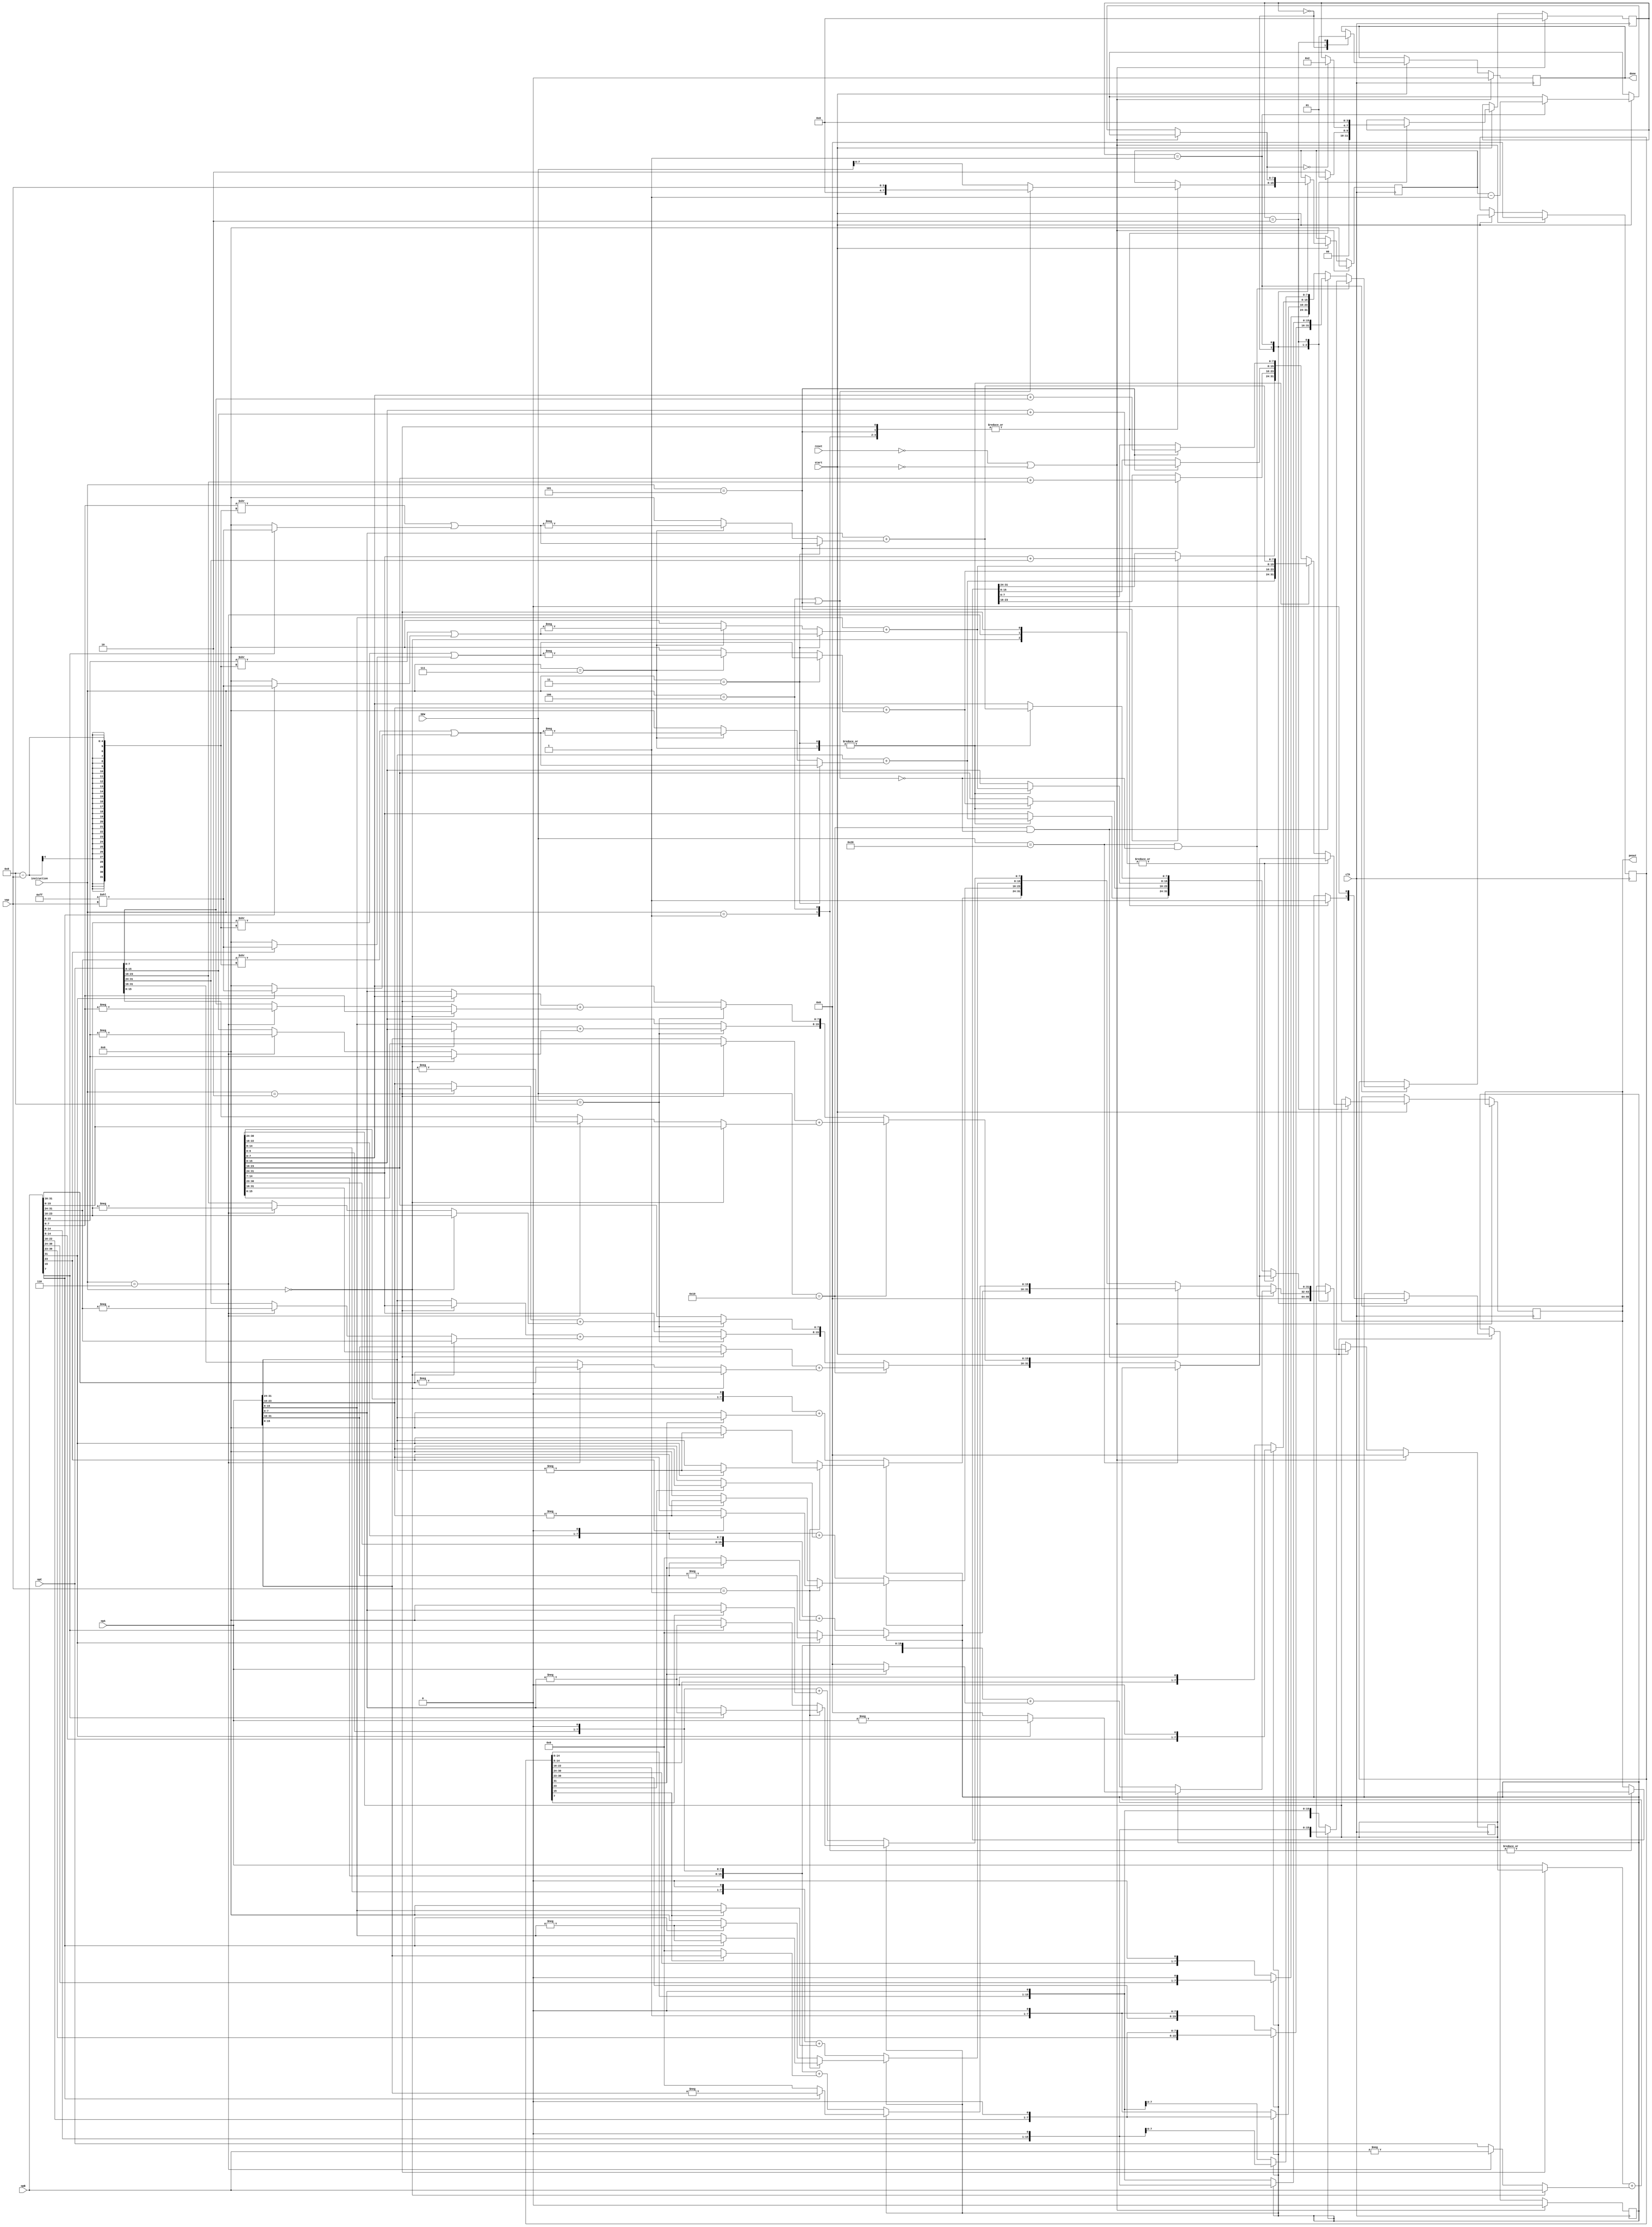
module vector_processing_element(
    input clk,
    input reset,
    
    input [7:0] instruction,
	input start,
	output reg done,
	
    input [31:0] opA,
    input [31:0] opB,
    input [31:0] opC,
    output reg [31:0] peout,

	input [9:0] SEW,
	input [3:0 ] vap
);

reg [3:0] states;
localparam startstate = 4'h0 ;
localparam multstate  = 4'h1 ;
localparam completestate = 4'h2 ;

//Used for vector arithmetic instructions
localparam instr_vadd__vv = 8'h00 ;
localparam instr_vmul__vv = 8'h01 ;
localparam instr_vdot__vv = 8'h02 ;
localparam instr_vaddvarp = 8'h03 ;
localparam instr_vmulvarp = 8'h04 ;
localparam instr_vdotvarp = 8'h05 ;
localparam instr_vsub__vv = 8'h06;
localparam instr_vsubvarp = 8'h07;

reg [31:0] accumulator;  //Stores the final result
reg [7:0]  cycles;
reg first_cmpte;
reg [31:0] copB;

wire is_vap_instr = |{instruction==instr_vaddvarp, instruction==instr_vmulvarp, instruction==instr_vdotvarp, instruction==instr_vsubvarp};

always @(posedge clk) begin
    if(!reset || !start) begin
        states = 0;
        peout  = peout;
        accumulator = 0;
        first_cmpte = 0;
        cycles = 0;
        copB = 0;
        done = 0;
    end
    else if(start) begin
        case(states)
            startstate:begin
                if(start)begin
                    // $display("Entered start state,instr:%b, reset:%d, time:%d",instruction, reset, $time);
                    done <= 0; //Should be this, don't change
                    accumulator <= 0;
                    if(|{instruction == instr_vmul__vv,instruction == instr_vmulvarp,instruction == instr_vdot__vv, instruction == instr_vdotvarp}) 
                    begin
                        states = multstate;
                        //No of clock cycles needed to get the result using bit serial multiplier
                        cycles = (instruction==instr_vmulvarp || instruction == instr_vdotvarp)? ({4'h0,vap}):SEW[7:0]; 
                        first_cmpte = 1;
                    end
                    else begin
                        states = completestate;    
                    end
                end
                else
                    done = 0;
            end
            multstate: begin
                if(SEW==32 && !((instruction == instr_vmulvarp) || (instruction == instr_vdotvarp))) begin
                    if(first_cmpte)begin
                        accumulator = (opB[31])?-opA:0;
                        copB= opB << 1;
                        cycles = cycles -1;
                        first_cmpte = 0;
                        end
                    else begin
                        // $display("Entered else state, accumulator:%b, time:%d", accumulator, $time);
                        accumulator = ((accumulator<<1) + ((copB[31])?opA:0));
                        copB       = copB <<1;
                        cycles = cycles -1;
                    end
                end
                else if(SEW==16 && !((instruction == instr_vmulvarp) || (instruction == instr_vdotvarp))) begin
                    if(first_cmpte)begin
                        accumulator[31:16] = (opB[31])?-opA[31:16]:0;
                        accumulator[15: 0] = (opB[15])?-opA[15: 0]:0;

                        copB[31:16]= opB[31:16] << 1;
                        copB[15: 0]= opB[15: 0] << 1;
                        cycles = cycles -1;
                        first_cmpte = 0;
                        end
                    else begin
                        accumulator[31:16] = ((accumulator[31:16]<<1) + ((copB[31])?opA[31:16]:0));
                        accumulator[15: 0] = ((accumulator[15: 0]<<1) + ((copB[15])?opA[15: 0]:0));
                        copB[31:16]       = copB[31:16] <<1;
                        copB[15: 0]       = copB[15: 0] <<1;
                        cycles = cycles -1;
                    end
                end
                //SEW of 8 is used for vap as well because we are using only 1,2,4,8
                else begin
                    if(first_cmpte)begin
                        if(vap==1) begin
                            accumulator[31:24] = (opB[31])?-opA[31:24]:opA[31:24];
                            accumulator[23:16] = (opB[23])?-opA[23:16]:opA[23:16];
                            accumulator[15:8 ] = (opB[15])?-opA[15:8 ]:opA[15:8 ];
                            accumulator[7 :0 ] = (opB[ 7])?-opA[7 :0 ]:opA[7 :0 ];
                        end
                        else begin
                            // $display("Entered else, opB[7]:%b, -opA[7:0]:%b, time:%d", opB[7:0],-opA[7 :0 ], $time);
                            accumulator[31:24] = (opB[31])?-opA[31:24]:0;
                            accumulator[23:16] = (opB[23])?-opA[23:16]:0;
                            accumulator[15:8 ] = (opB[15])?-opA[15:8 ]:0;
                            accumulator[7 :0 ] = (opB[ 7])?-opA[7:0]:0;
                        end
                        copB[31:24]= opB[31:24] << 1;
                        copB[23:16]= opB[23:16] << 1;
                        copB[15:8 ]= opB[15:8 ] << 1;
                        copB[7 :0 ]= opB[7 :0 ] << 1;
                        cycles = cycles -1;
                        first_cmpte = 0;
                        end
                    else begin
                        // $display("cycles:%d,accumulator:%b, copB:%b, time:%d",cycles, accumulator[7:0], copB[7:0], $time);
                        accumulator[31:24] = ((accumulator[31:24]<<1) + ((copB[31])?opA[31:24]:0));
                        accumulator[23:16] = ((accumulator[23:16]<<1) + ((copB[23])?opA[23:16]:0));
                        accumulator[15: 8] = ((accumulator[15: 8]<<1) + ((copB[15])?opA[15: 8]:0));
                        accumulator[7 : 0] = ((accumulator[7 : 0]<<1) + ((copB[7 ])?opA[7 : 0]:0));
                        
                        copB[31:24]= copB[31:24] << 1;
                        copB[23:16]= copB[23:16] << 1;
                        copB[15:8 ]= copB[15:8 ] << 1;
                        copB[7 :0 ]= copB[7 :0 ] << 1;
                        cycles = cycles -1;
                    end
                end

                if(cycles==0)
                    states=completestate;

            end
            completestate:begin
                if(|{instruction == instr_vadd__vv,instruction==instr_vsub__vv,instruction==instr_vdot__vv})begin
                    if(SEW==32)begin
                        accumulator = ((instruction==instr_vdot__vv)?accumulator : opA) + ((instruction == instr_vadd__vv)?opB:((instruction == instr_vsub__vv)?(-opB):opC));
                    end
                    else if(SEW==16)begin
                        accumulator[31:16] = ((instruction==instr_vdot__vv)?accumulator[31:16] : opA[31:16]) + ((instruction == instr_vadd__vv)?opB[31:16]:((instruction == instr_vsub__vv)?(-opB[31:16]):opC[31:16]));
                        accumulator[15:0]  = ((instruction==instr_vdot__vv)?accumulator[15:0] : opA[15:0])  + ((instruction == instr_vadd__vv)?opB[15:0] :((instruction == instr_vsub__vv)?(-opB[15:0] ):opC[15:0])) ;
                    end
                    else if(SEW==8)begin
                        accumulator[31:24] = ((instruction==instr_vdot__vv)?accumulator[31:24] : opA[31:24]) + ((instruction == instr_vadd__vv)?opB[31:24]:((instruction == instr_vsub__vv)?(-opB[31:24]):opC[31:24]));
                        accumulator[23:16] = ((instruction==instr_vdot__vv)?accumulator[23:16] : opA[23:16]) + ((instruction == instr_vadd__vv)?opB[23:16]:((instruction == instr_vsub__vv)?(-opB[23:16]):opC[23:16]));
                        accumulator[15:8 ] = ((instruction==instr_vdot__vv)?accumulator[15:8] : opA[15:8 ]) + ((instruction == instr_vadd__vv)?opB[15:8 ]:((instruction == instr_vsub__vv)?(-opB[15:8 ]):opC[15:8 ]));
                        accumulator[7:0  ] = ((instruction==instr_vdot__vv)?accumulator[7:0] : opA[7:0  ]) + ((instruction == instr_vadd__vv)?opB[7:0  ]:((instruction == instr_vsub__vv)?(-opB[7:0  ]):opC[7:0  ]));
                    end
                    peout = accumulator;
                end
                else if((|{instruction==instr_vsubvarp,instruction==instr_vaddvarp})) begin
                    accumulator[31:24] = opA[31:24] + ((instruction == instr_vaddvarp)? ((opB[31:24]>>(8-vap)) | ((opB[31])?((8'hFF)<<(vap)):8'h00)) : ((instruction == instr_vsubvarp)?-((opB[31:24]>>(8-vap)) | ((opB[31])?((8'hFF)<<(vap)):8'h00)) :0) );
                    accumulator[23:16] = opA[23:16] + ((instruction == instr_vaddvarp)? ((opB[23:16]>>(8-vap)) | ((opB[23])?((8'hFF)<<(vap)):8'h00)) : ( (instruction == instr_vsubvarp)?-((opB[23:16]>>(8-vap)) | ((opB[23])?((8'hFF)<<(vap)):8'h00)) :0) );
                    accumulator[15:8] = opA[15:8] + ((instruction == instr_vaddvarp)? ((opB[15:8]>>(8-vap)) | ((opB[15])?((8'hFF)<<(vap)):8'h00)) : ( (instruction == instr_vsubvarp)?-((opB[15:8]>>(8-vap)) | ((opB[15])?((8'hFF)<<(vap)):8'h00)) :0) );
                    accumulator[7:0] = opA[7:0] + ((instruction == instr_vaddvarp)? ((opB[7:0]>>(8-vap)) | ((opB[7])?((8'hFF)<<(vap)):8'h00)) : ( (instruction == instr_vsubvarp)?-((opB[7:0]>>(8-vap)) | ((opB[7])?((8'hFF)<<(vap)):8'h00)) :0) );
                    peout = accumulator;
                end
                else if(instruction==instr_vdotvarp)begin 
                    // $display("Inside final condition, instr:%b, time:%d",instruction, $time);
                    peout[7:0] = accumulator[7:0] + opC[7:0];
                    peout[15:8] = accumulator[15:8] + opC[15:8];
                    peout[23:16] = accumulator[23:16] + opC[23:16];
                    peout[31:24] = accumulator[31:24] + opC[31:24];
                end
                else if(|{instruction==instr_vmul__vv,instruction==instr_vmulvarp})begin
                    // $display("Inside final condition, instr:%b, time:%d",instruction, $time);
                    peout = accumulator;
                end
                done = 1;
                states = startstate;
            end

        endcase
    end
end

endmodule